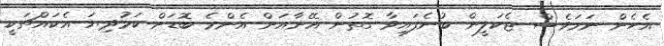
އެހެން ނަމަވެސް ޖެކަލީން ބުނެފައިވާ ގޮތުން އޭނާއަށް އެންމެ ބޮޑަށް ކަމުދިޔަ އެކައްޗަކީ